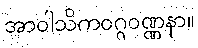
အာဝါသိကဝဂ္ဂဝဏ္ဏနာ။